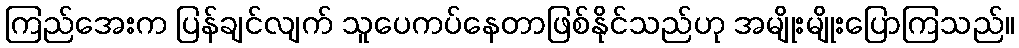
ကြည်အေးက ပြန်ချင်လျက် သူပေကပ်နေတာဖြစ်နိုင်သည်ဟု အမျိုးမျိုးပြောကြသည်။